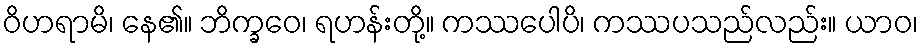
ဝိဟရာမိ၊ နေ၏။ ဘိက္ခဝေ၊ ရဟန်းတို့။ ကဿပေါပိ၊ ကဿပသည်လည်း။ ယာဝ၊